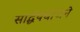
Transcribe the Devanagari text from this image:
सार्द्धयधोजने